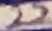
Text: 22